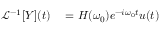
\begin{array} { r } { \begin{array} { r l } { \mathcal { L } ^ { - 1 } [ Y ] ( t ) } & { { } = H ( \omega _ { 0 } ) e ^ { - i \omega _ { 0 } t } u ( t ) } \end{array} } \end{array}